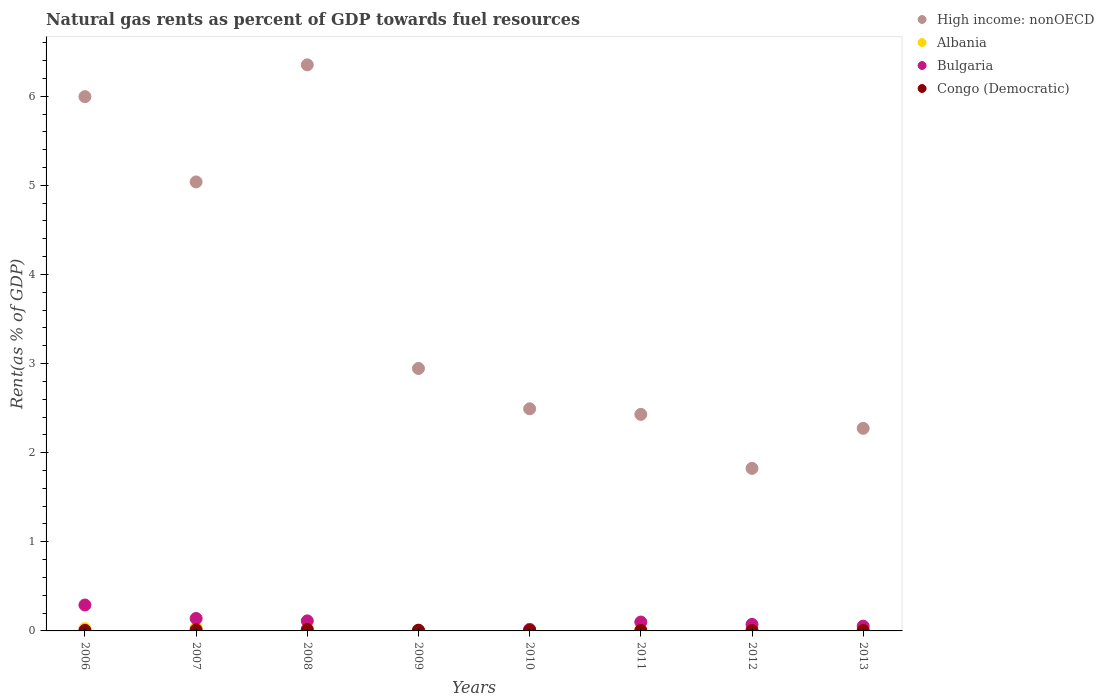
| Years | High income: nonOECD | Albania | Bulgaria | Congo (Democratic) |
 | --- | --- | --- | --- | --- |
 | 2006 | 6 | 0.0258 | 0.291 | 0.00672 |
 | 2007 | 5.04 | 0.0348 | 0.14 | 0.0121 |
 | 2008 | 6.35 | 0.0215 | 0.113 | 0.0152 |
 | 2009 | 2.95 | 0.00981 | 0.00419 | 0.00736 |
 | 2010 | 2.49 | 0.0141 | 0.0177 | 0.00616 |
 | 2011 | 2.43 | 0.0147 | 0.0995 | 0.00587 |
 | 2012 | 1.82 | 0.0134 | 0.0732 | 0.0044 |
 | 2013 | 2.27 | 0.0151 | 0.0534 | 0.00442 |